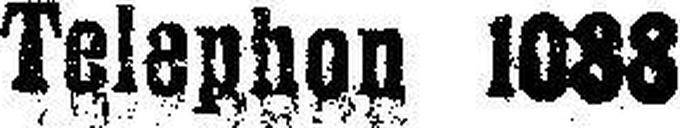
Telephon 1088